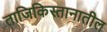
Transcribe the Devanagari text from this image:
ताजिकिस्तानातील